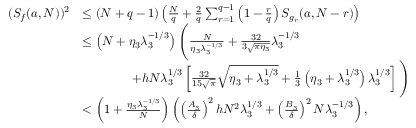
\begin{array} { r l } { ( S _ { f } ( a , N ) ) ^ { 2 } } & { \le \left( N + q - 1 \right) \left( \frac { N } { q } + \frac { 2 } { q } \sum _ { r = 1 } ^ { q - 1 } \left( 1 - \frac { r } { q } \right) S _ { g _ { r } } ( a , N - r ) \right) } \\ & { \le \left( N + \eta _ { 3 } \lambda _ { 3 } ^ { - 1 / 3 } \right) \Bigg ( \frac { N } { \eta _ { 3 } \lambda _ { 3 } ^ { - 1 / 3 } } + \frac { 3 2 } { 3 \sqrt { \pi \eta _ { 3 } } } \lambda _ { 3 } ^ { - 1 / 3 } } \\ & { \qquad \qquad + h N \lambda _ { 3 } ^ { 1 / 3 } \left[ \frac { 3 2 } { 1 5 \sqrt { \pi } } \sqrt { \eta _ { 3 } + \lambda _ { 3 } ^ { 1 / 3 } } + \frac { 1 } { 3 } \left( \eta _ { 3 } + \lambda _ { 3 } ^ { 1 / 3 } \right) \lambda _ { 3 } ^ { 1 / 3 } \right] \Bigg ) } \\ & { < \left( 1 + \frac { \eta _ { 3 } \lambda _ { 3 } ^ { - 1 / 3 } } { N } \right) \left( \left( \frac { A _ { 3 } } { \delta } \right) ^ { 2 } h N ^ { 2 } \lambda _ { 3 } ^ { 1 / 3 } + \left( \frac { B _ { 3 } } { \delta } \right) ^ { 2 } N \lambda _ { 3 } ^ { - 1 / 3 } \right) , } \end{array}